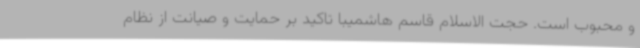
و محبوب است. حجت الاسلام قاسم هاشمیبا تاکید بر حمایت و صیانت از نظام